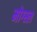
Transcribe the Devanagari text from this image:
मोग्स्ल